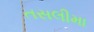
તસલીમા